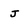
Character: J